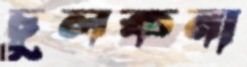
চুলকনা